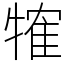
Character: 㹊